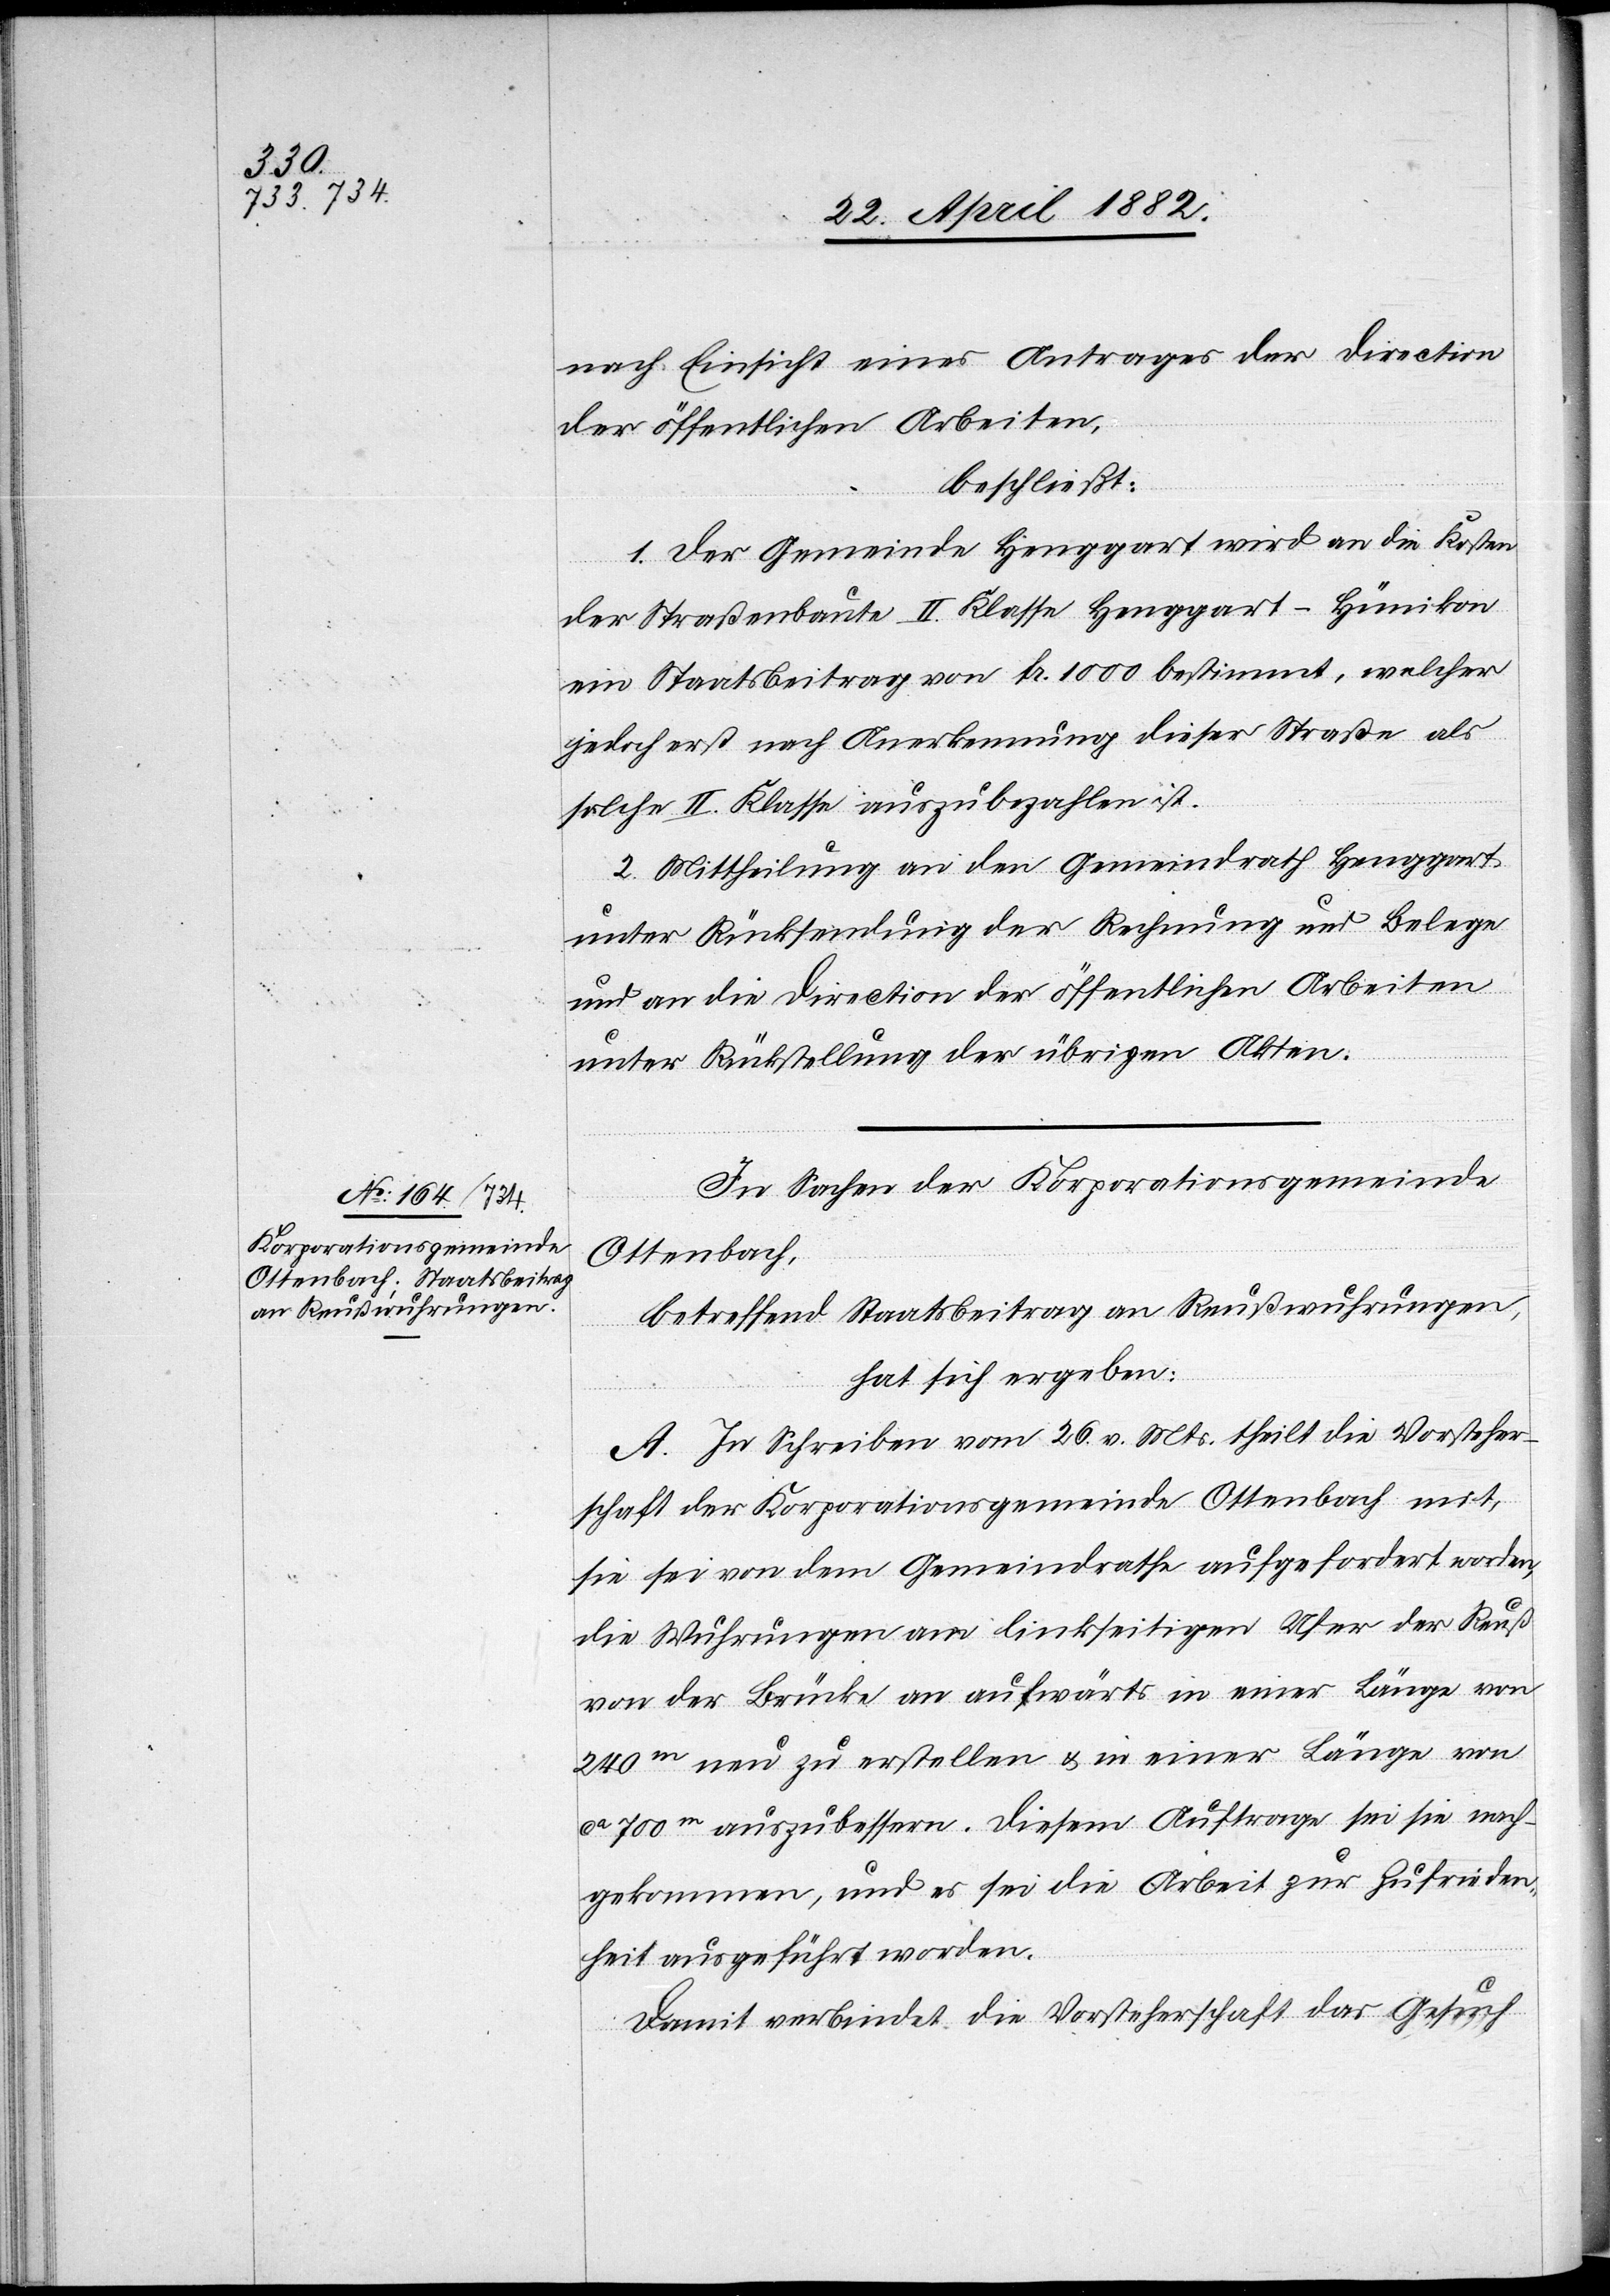
nach Einsicht eines Antrages der Direction
der öffentlichen Arbeiten,
beschließt:
1. Der Gemeinde Henggart wird an die Kosten
der Straßenbaute II. Klasse Henggart–Hünikon
ein Staatsbeitrag von Fr. 1000 bestimmt, welcher
jedoch erst nach Anerkennung dieser Straße als
solche II. Klasse auszubezahlen ist.
2. Mittheilung an den Gemeindrath Henggart
unter Rücksendung der Rechnung und Belege
und an die Direction der öffentlichen Arbeiten
unter Rückstellung der übrigen Akten.
In Sachen der Korporationsgemeinde
Ottenbach,
betreffend Staatsbeitrag an Reußwuhrungen,
hat sich ergeben:
A. In Schreiben vom 26. v. Mts. theilt die Vorsteher¬
schaft der Korporationsgemeinde Ottenbach mit,
sie sei von dem Gemeindrathe aufgefordert worden,
die Wuhrungen am linkseitigen Ufer der Reuß
von der Brücke an aufwärts in einer Länge von
240m neu zu erstellen & in einer Länge von
ca 700m auszubessern. Diesem Auftrage sei sie nach¬
gekommen, und es sei die Arbeit zur Zufrieden¬
heit ausgeführt worden.
Damit verbindet die Vorsteherschaft das Gesuch